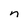
Character: n